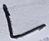
Text: L